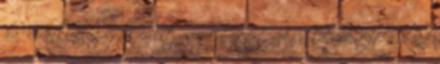
ha Veranke-t magát állítaná félre. Igen, Angelica Butler sokkal